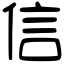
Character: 信